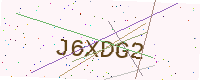
Text: J6XDG2